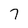
Character: 7